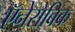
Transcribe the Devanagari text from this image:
ऍनेरोबिक